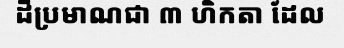
ដីប្រមាណជា ៣ ហិកតា ដែល